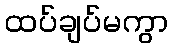
ထပ်ချပ်မကွာ